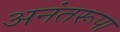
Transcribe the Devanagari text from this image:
अनंतरूपा